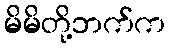
မိမိတို့ဘက်က